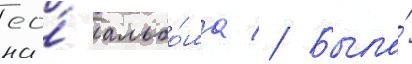
ео́ альбо́ма // Была́